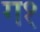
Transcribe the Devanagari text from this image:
ग१